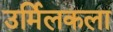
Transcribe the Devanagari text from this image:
उर्मिलकला